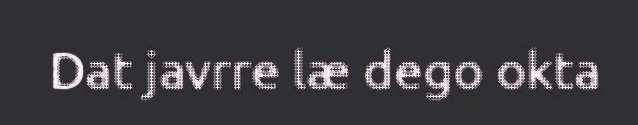
Dat javrre læ dego okta